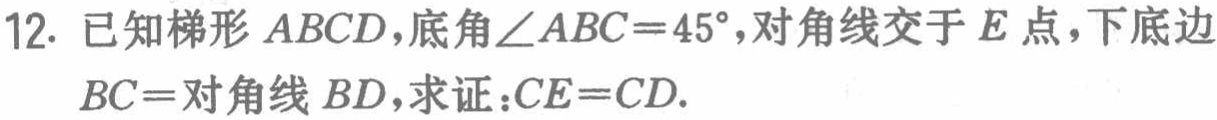
12. 已知梯形 \(ABCD\)，底角\(\angle ABC = 45^{\circ}\)，对角线交于 \(E\) 点，下底边 \(BC =\)对角线 \(BD\)，求证：\(CE = CD\).